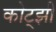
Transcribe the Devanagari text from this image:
कोट्झी